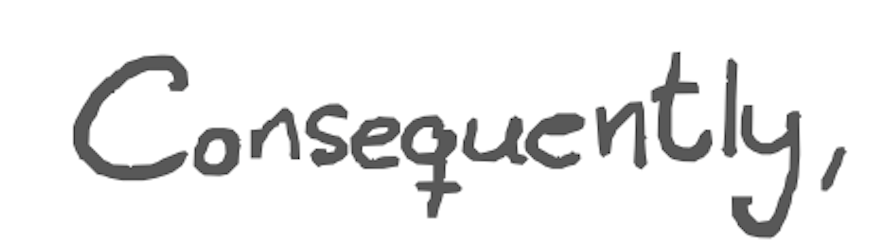
Text: Consequently,
Cross-out: clean
Writing tool: digital_gray